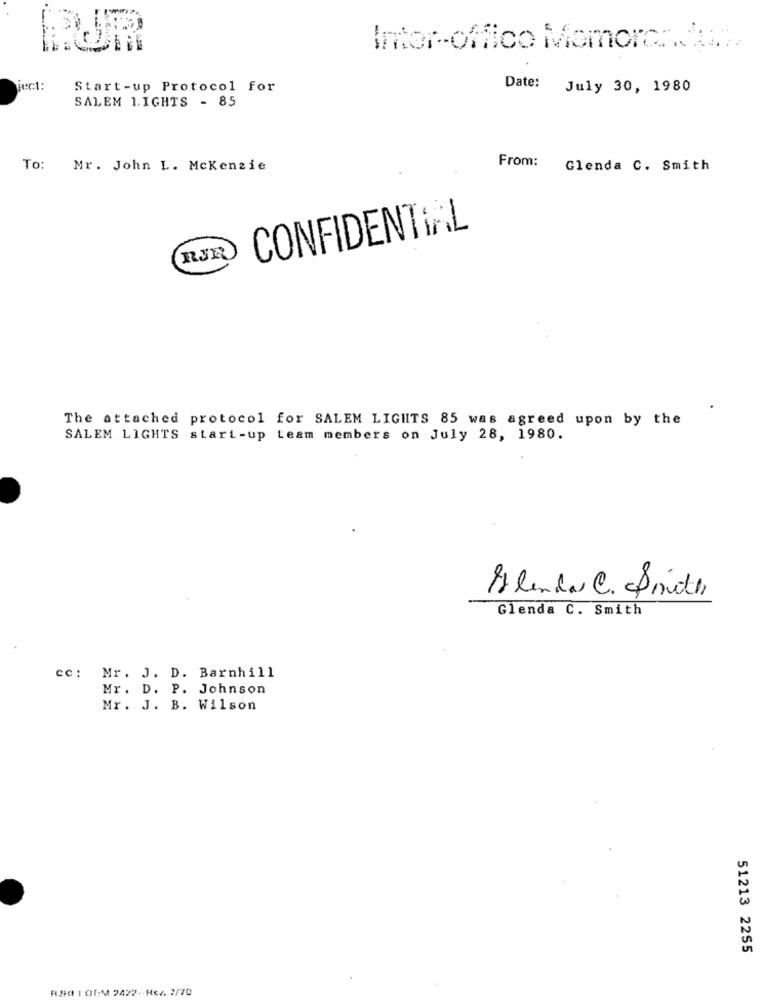
Intor-offico Momora ....
ject :
Start-up Protocol for
Date: July 30, 1980
SALEM LIGHTS - 85
From:
To: Mr. John L. Mckenzie
Glenda C. Smith
CONFIDENTIAL
RJR
The attached protocol for SALEM LIGHTS 85 was agreed upon by the
SALEM LIGHTS start-up team members on July 28, 1980.
Blender @.Smite
Glenda C. Smith
cc: Mr. J. D. Barnhill
Mr . D. P. Johnson
Mr. J. B. Wilson
51213 2255
RAKI IOR:M 2422 -- RE2. 2/70